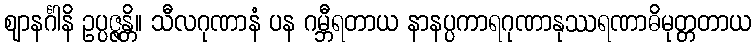
ဈာနင်္ဂါနိ ဥပ္ပဇ္ဇန္တိ။ သီလဂုဏာနံ ပန ဂမ္ဘီရတာယ နာနပ္ပကာရဂုဏာနုဿရဏာဓိမုတ္တတာယ